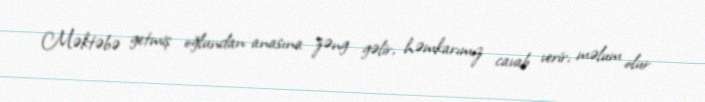
Məktəbə getmiş oğlundan anasına zəng gəlir, həmkarımız cavab verir, məlum olur